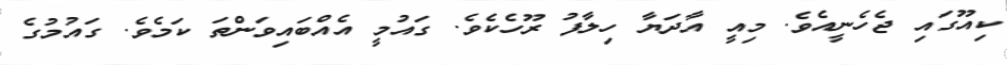
ކިއޫގައި ޖެހެނީއެވެ. މިއީ އާދަޔާ ހިލާފު ރޫހެކެވެ. ގައުމީ އެއްބައިވަންތަ ކަމެވެ. ގައުމުގެ